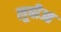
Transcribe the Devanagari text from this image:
लूबीआ